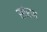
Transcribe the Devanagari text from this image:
सांरण